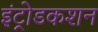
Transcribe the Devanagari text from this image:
इंट्रोडकशन